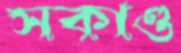
সকাণ্ড